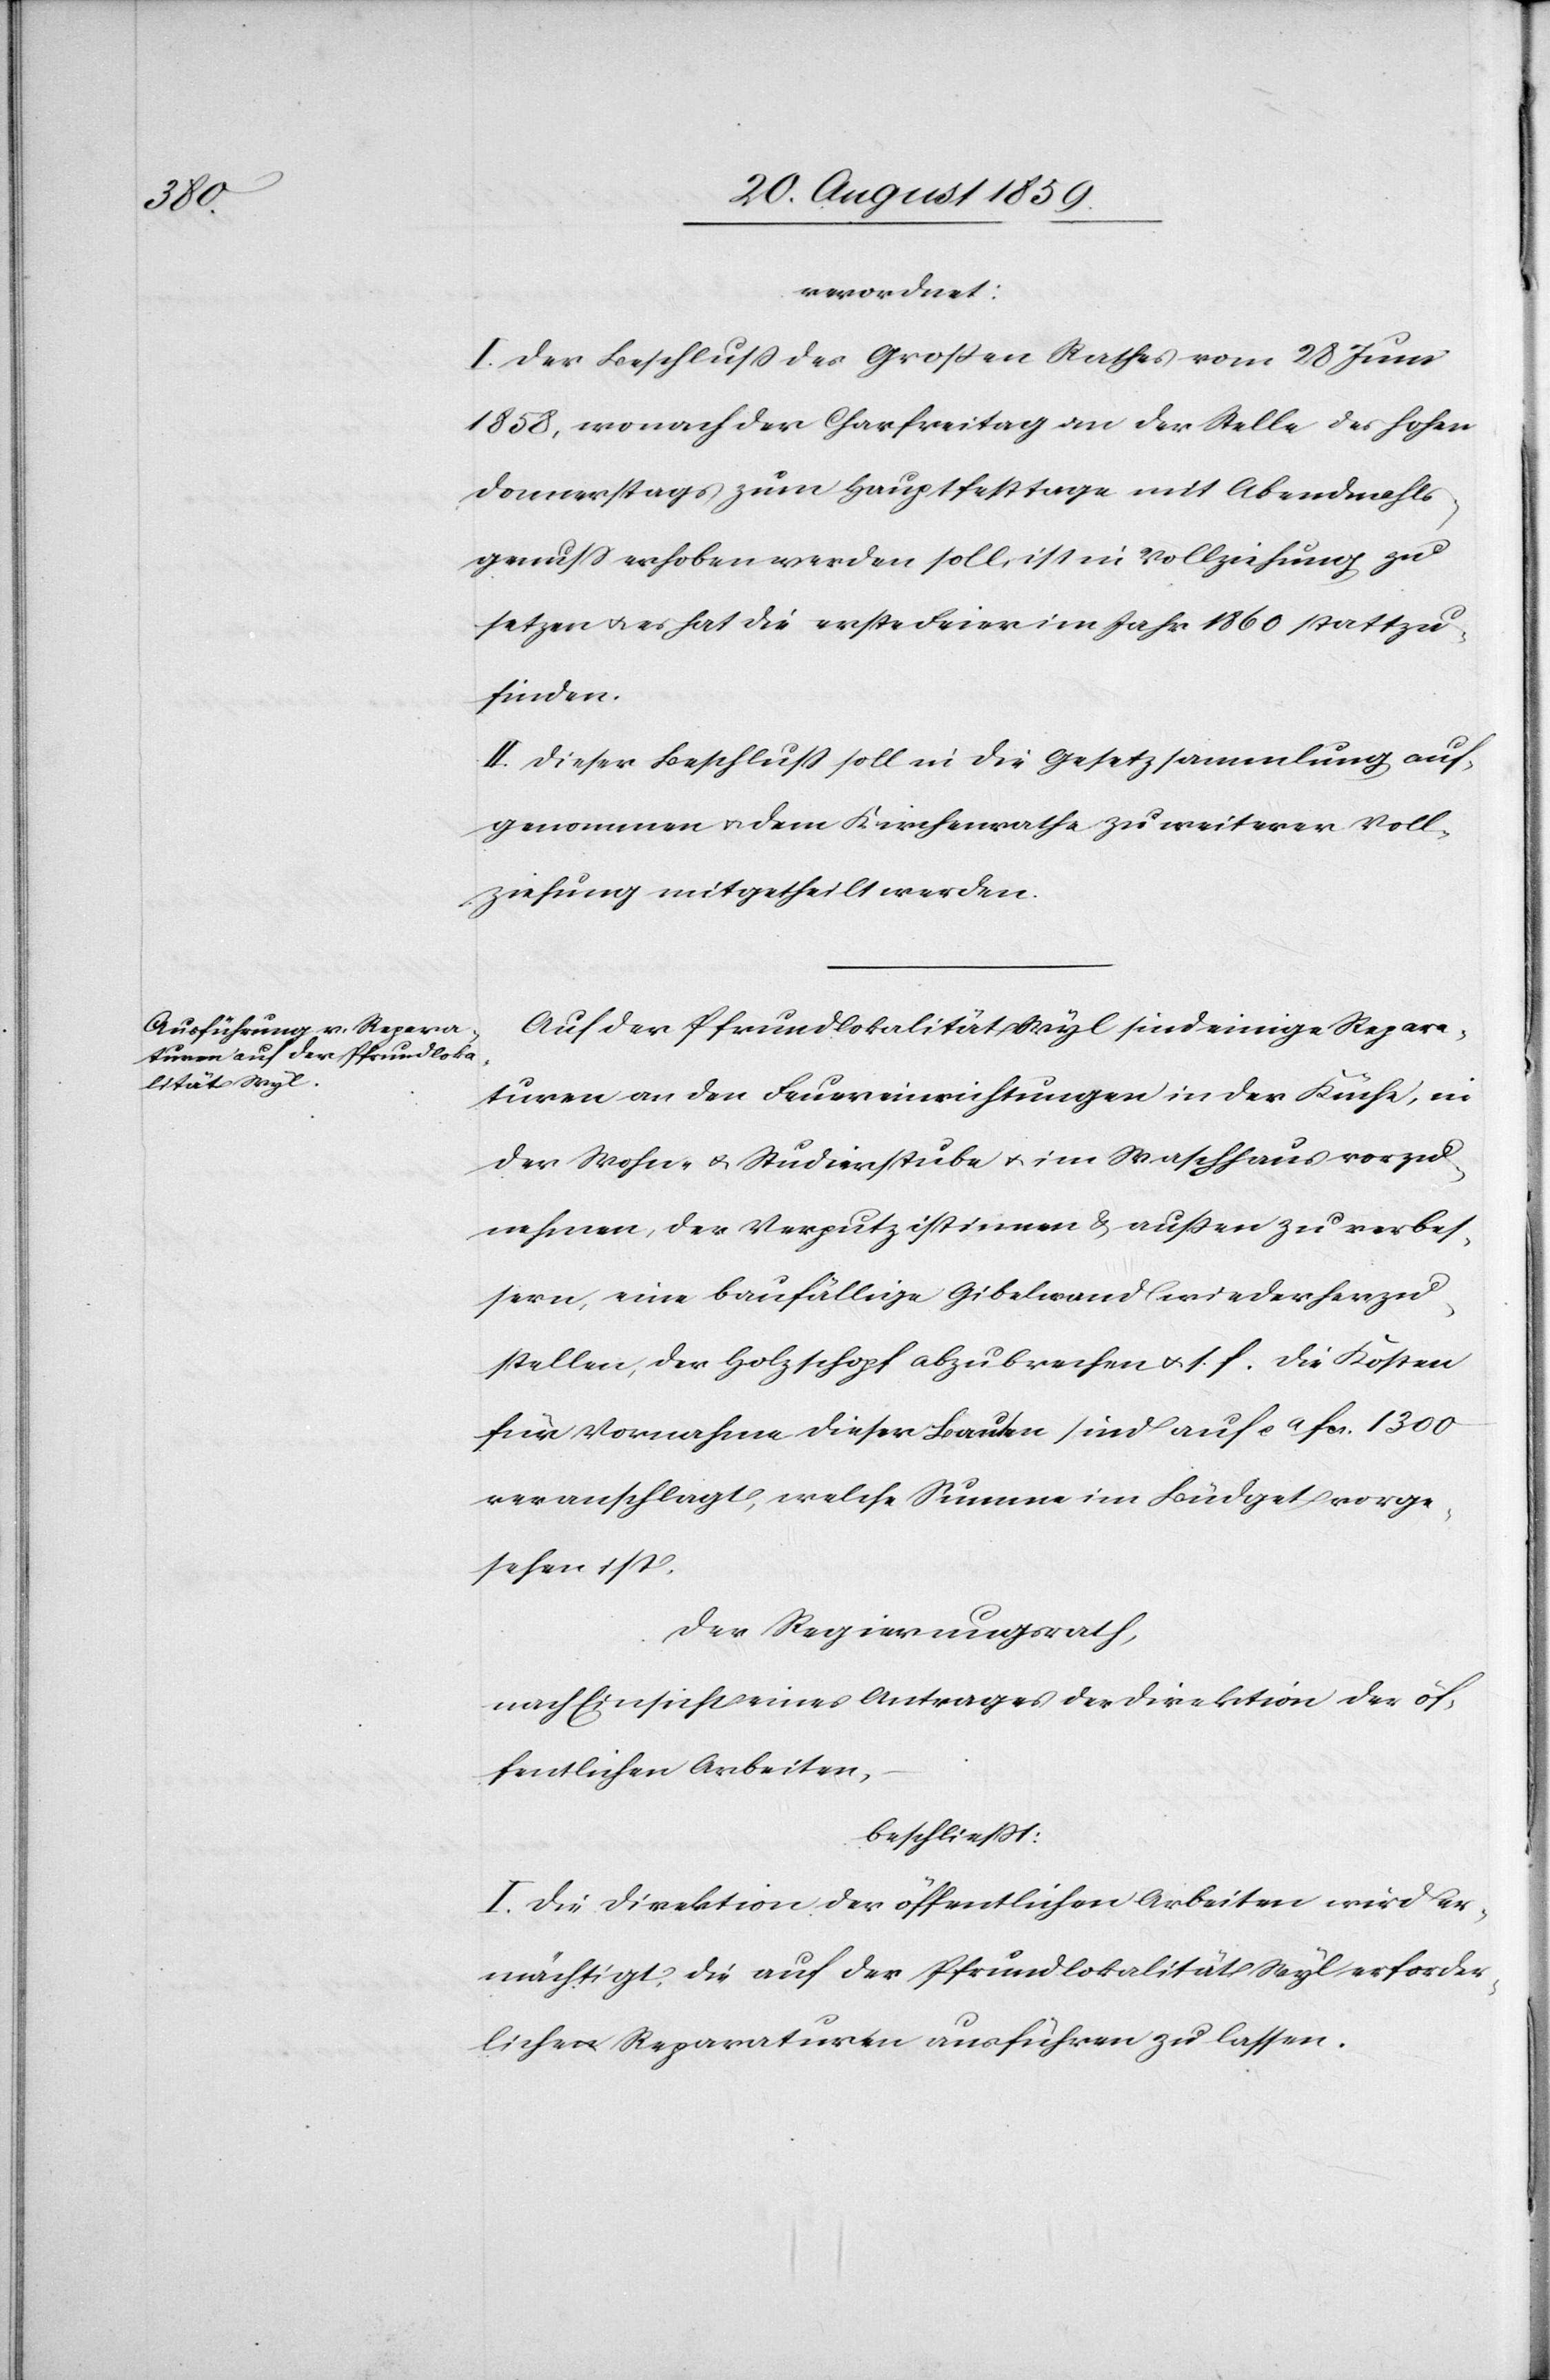
verordnet:
I. Der Beschluß des Großen Rathes vom 28 Juni
1858, wonach der Charfreitag an der Stelle des hohen
Donnerstags zum Hauptfesttage mit Abendmahls¬
genuß erhoben werden soll, ist in Vollziehung zu
setzen & es hat die erste Feier im Jahr 1860 stattzu¬
finden.
II. Dieser Beschluß soll in die Gesetzsammlung auf¬
genommen & dem Kirchenrathe zu weiterer Voll¬
ziehung mitgetheilt werden.
Auf der Pfrundlokalität Wyl sind einige Repar¬
aturen an den Feuereinrichtungen in der Küche, in
der Wohn- & Studierstube & im Waschhaus vorzu¬
nehmen, der Verputz ist innen & außen zu verbes¬
sern, eine baufällige Gibelwand wiederherzu¬
stellen, der Holzschopf abzubrechen &. s. f. die Kosten
für Vornahme dieser Bauten sind auf ca. fcs. 1300
veranschlagt, welche Summe im Büdget vorge¬
sehen ist.
Der Regierungsrath,
nach Einsicht eines Antrages der Direktion der öf¬
fentlichen Arbeiten,
beschließt:
I. Die Direktion der öffentlichen Arbeiten wird er¬
mächtigt, die auf der Pfrundlokalität Wyl erforder¬
lichen Reparaturen ausführen zu lassen.